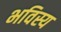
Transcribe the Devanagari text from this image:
भविस्य